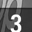
Digit: 3